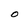
Character: O